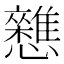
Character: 𭟦